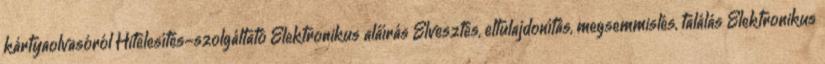
kártyaolvasóról Hitelesítés-szolgáltató Elektronikus aláírás Elvesztés, eltulajdonítás, megsemmislés, találás Elektronikus